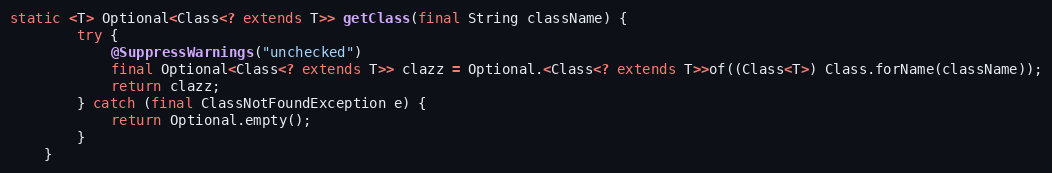
Language: Java
static <T> Optional<Class<? extends T>> getClass(final String className) {
        try {
            @SuppressWarnings("unchecked")
            final Optional<Class<? extends T>> clazz = Optional.<Class<? extends T>>of((Class<T>) Class.forName(className));
            return clazz;
        } catch (final ClassNotFoundException e) {
            return Optional.empty();
        }
    }